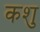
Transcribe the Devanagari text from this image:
कशु